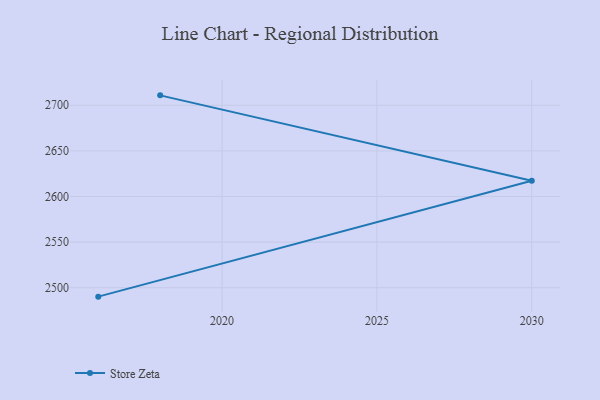
{"axis": {"x": "Year", "y": "Net Income (USD K)"}, "legend": ["Store Zeta"], "data": [{"x": "2018", "y": 2710.9, "type": "Store Zeta"}, {"x": "2030", "y": 2617.3, "type": "Store Zeta"}, {"x": "2016", "y": 2490.2, "type": "Store Zeta"}]}